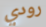
رودي